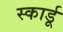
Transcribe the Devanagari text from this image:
स्कार्डू